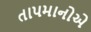
તાપમાનોએ